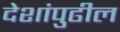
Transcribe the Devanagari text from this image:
देशांपुढील